Problem: 51 + 46 = ?
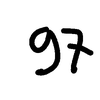
Handwritten answer: 97